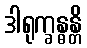
ဒါရုက္ခန္ဓန္တိ